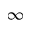
\infty